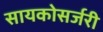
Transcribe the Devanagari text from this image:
सायकोसर्जरी